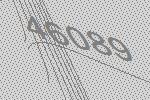
46089